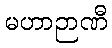
မဟာဉာဏီ